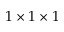
1 \times 1 \times 1